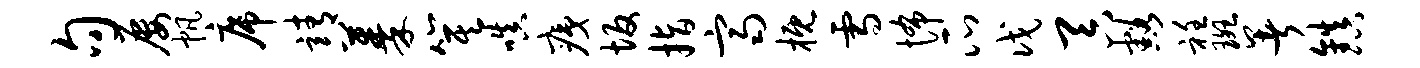
句屡帆席靖蓁箕嗔痍坂指齐概雪怖瓜戊吞豁衽斑暑镇